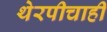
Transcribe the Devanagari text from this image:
थेरपीचाही